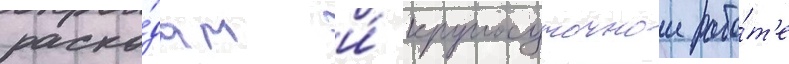
расхо́дам и́ круглосуточнои рабо́т'е